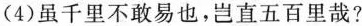
(4)虽千里不敢易也，岂直五百里哉?